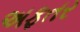
અફતર